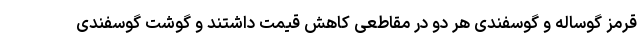
قرمز گوساله و گوسفندی هر دو در مقاطعی کاهش قیمت داشتند و گوشت گوسفندی